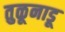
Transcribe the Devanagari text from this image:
तुळूनाडू